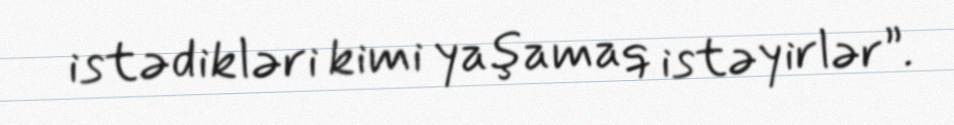
istədikləri kimi yaşamaq istəyirlər”.